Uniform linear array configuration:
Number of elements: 32
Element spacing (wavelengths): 0.75
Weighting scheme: kaiser
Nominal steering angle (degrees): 30
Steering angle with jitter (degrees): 29.826
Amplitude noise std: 0.05
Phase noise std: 0.05

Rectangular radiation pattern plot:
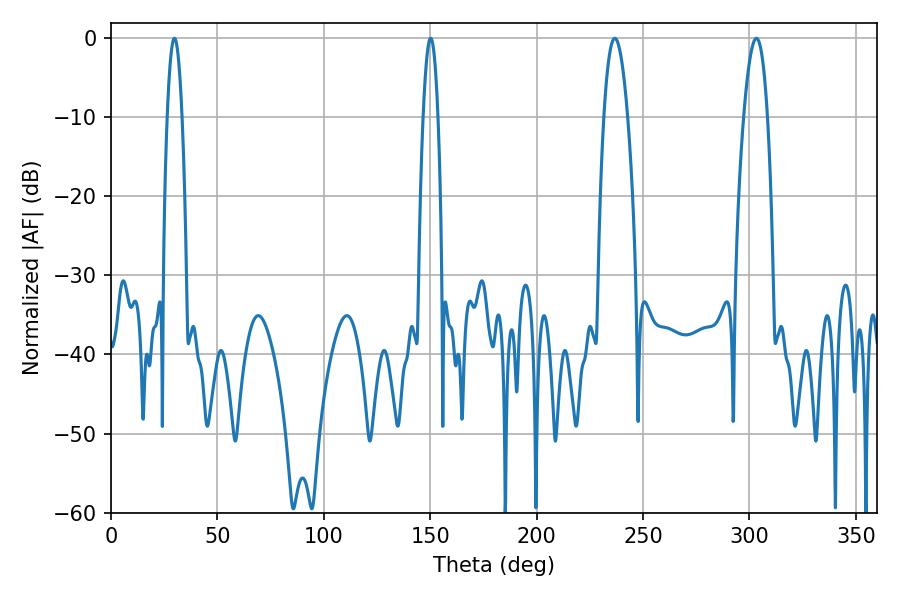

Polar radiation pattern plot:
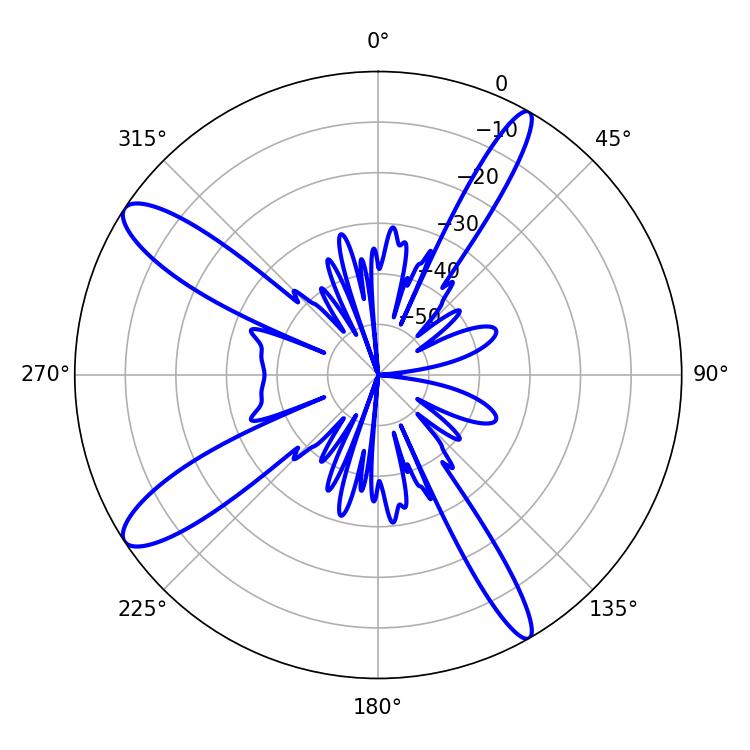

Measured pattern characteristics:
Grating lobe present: TRUE
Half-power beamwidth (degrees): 6.12
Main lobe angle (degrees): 236.7